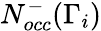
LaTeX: N_{occ}^{-}(\Gamma_{i})